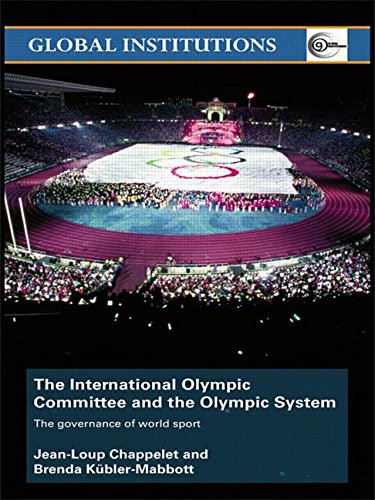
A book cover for The International Olympic Committee and the Olympic System: The Governance of World Sport (Global Institutions); Jean-Loup Chappelet; Sports & Outdoors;